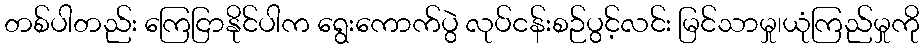
တစ်ပါတည်း ကြေငြာနိုင်ပါက ရွေးကောက်ပွဲ လုပ်ငန်းစဉ်ပွင့်လင်း မြင်သာမှု၊ယုံကြည်မှုကို